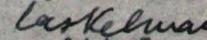
laskelman